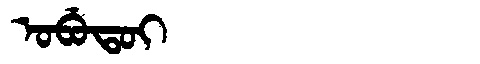
Manchu: ᠣᠪᡠᡨᠣᡳ
Romanization: OBUTOI